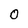
Character: 0